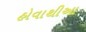
હોવાથીઆ